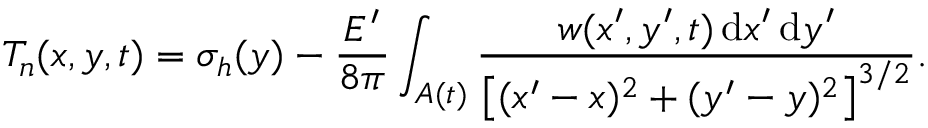
T _ { n } ( x , y , t ) = \sigma _ { h } ( y ) - \frac { E ^ { \prime } } { 8 \pi } \int _ { A ( t ) } \frac { w ( x ^ { \prime } , y ^ { \prime } , t ) \, \mathrm { d } x ^ { \prime } \, \mathrm { d } y ^ { \prime } } { \left[ ( x ^ { \prime } - x ) ^ { 2 } + ( y ^ { \prime } - y ) ^ { 2 } \right] ^ { 3 / 2 } } .